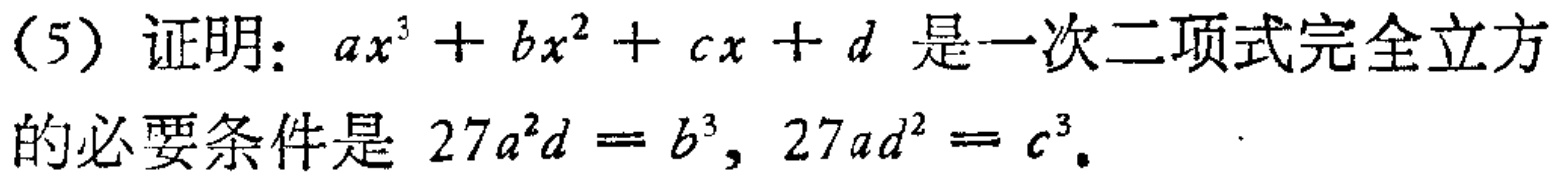
(5) 证明：$ax^{3}+bx^{2}+cx + d$ 是一次二项式完全立方

的必要条件是 $27a^{2}d = b^{3}$, $27ad^{2} = c^{3}$.